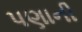
પણાની